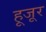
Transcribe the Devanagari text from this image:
हूजूर